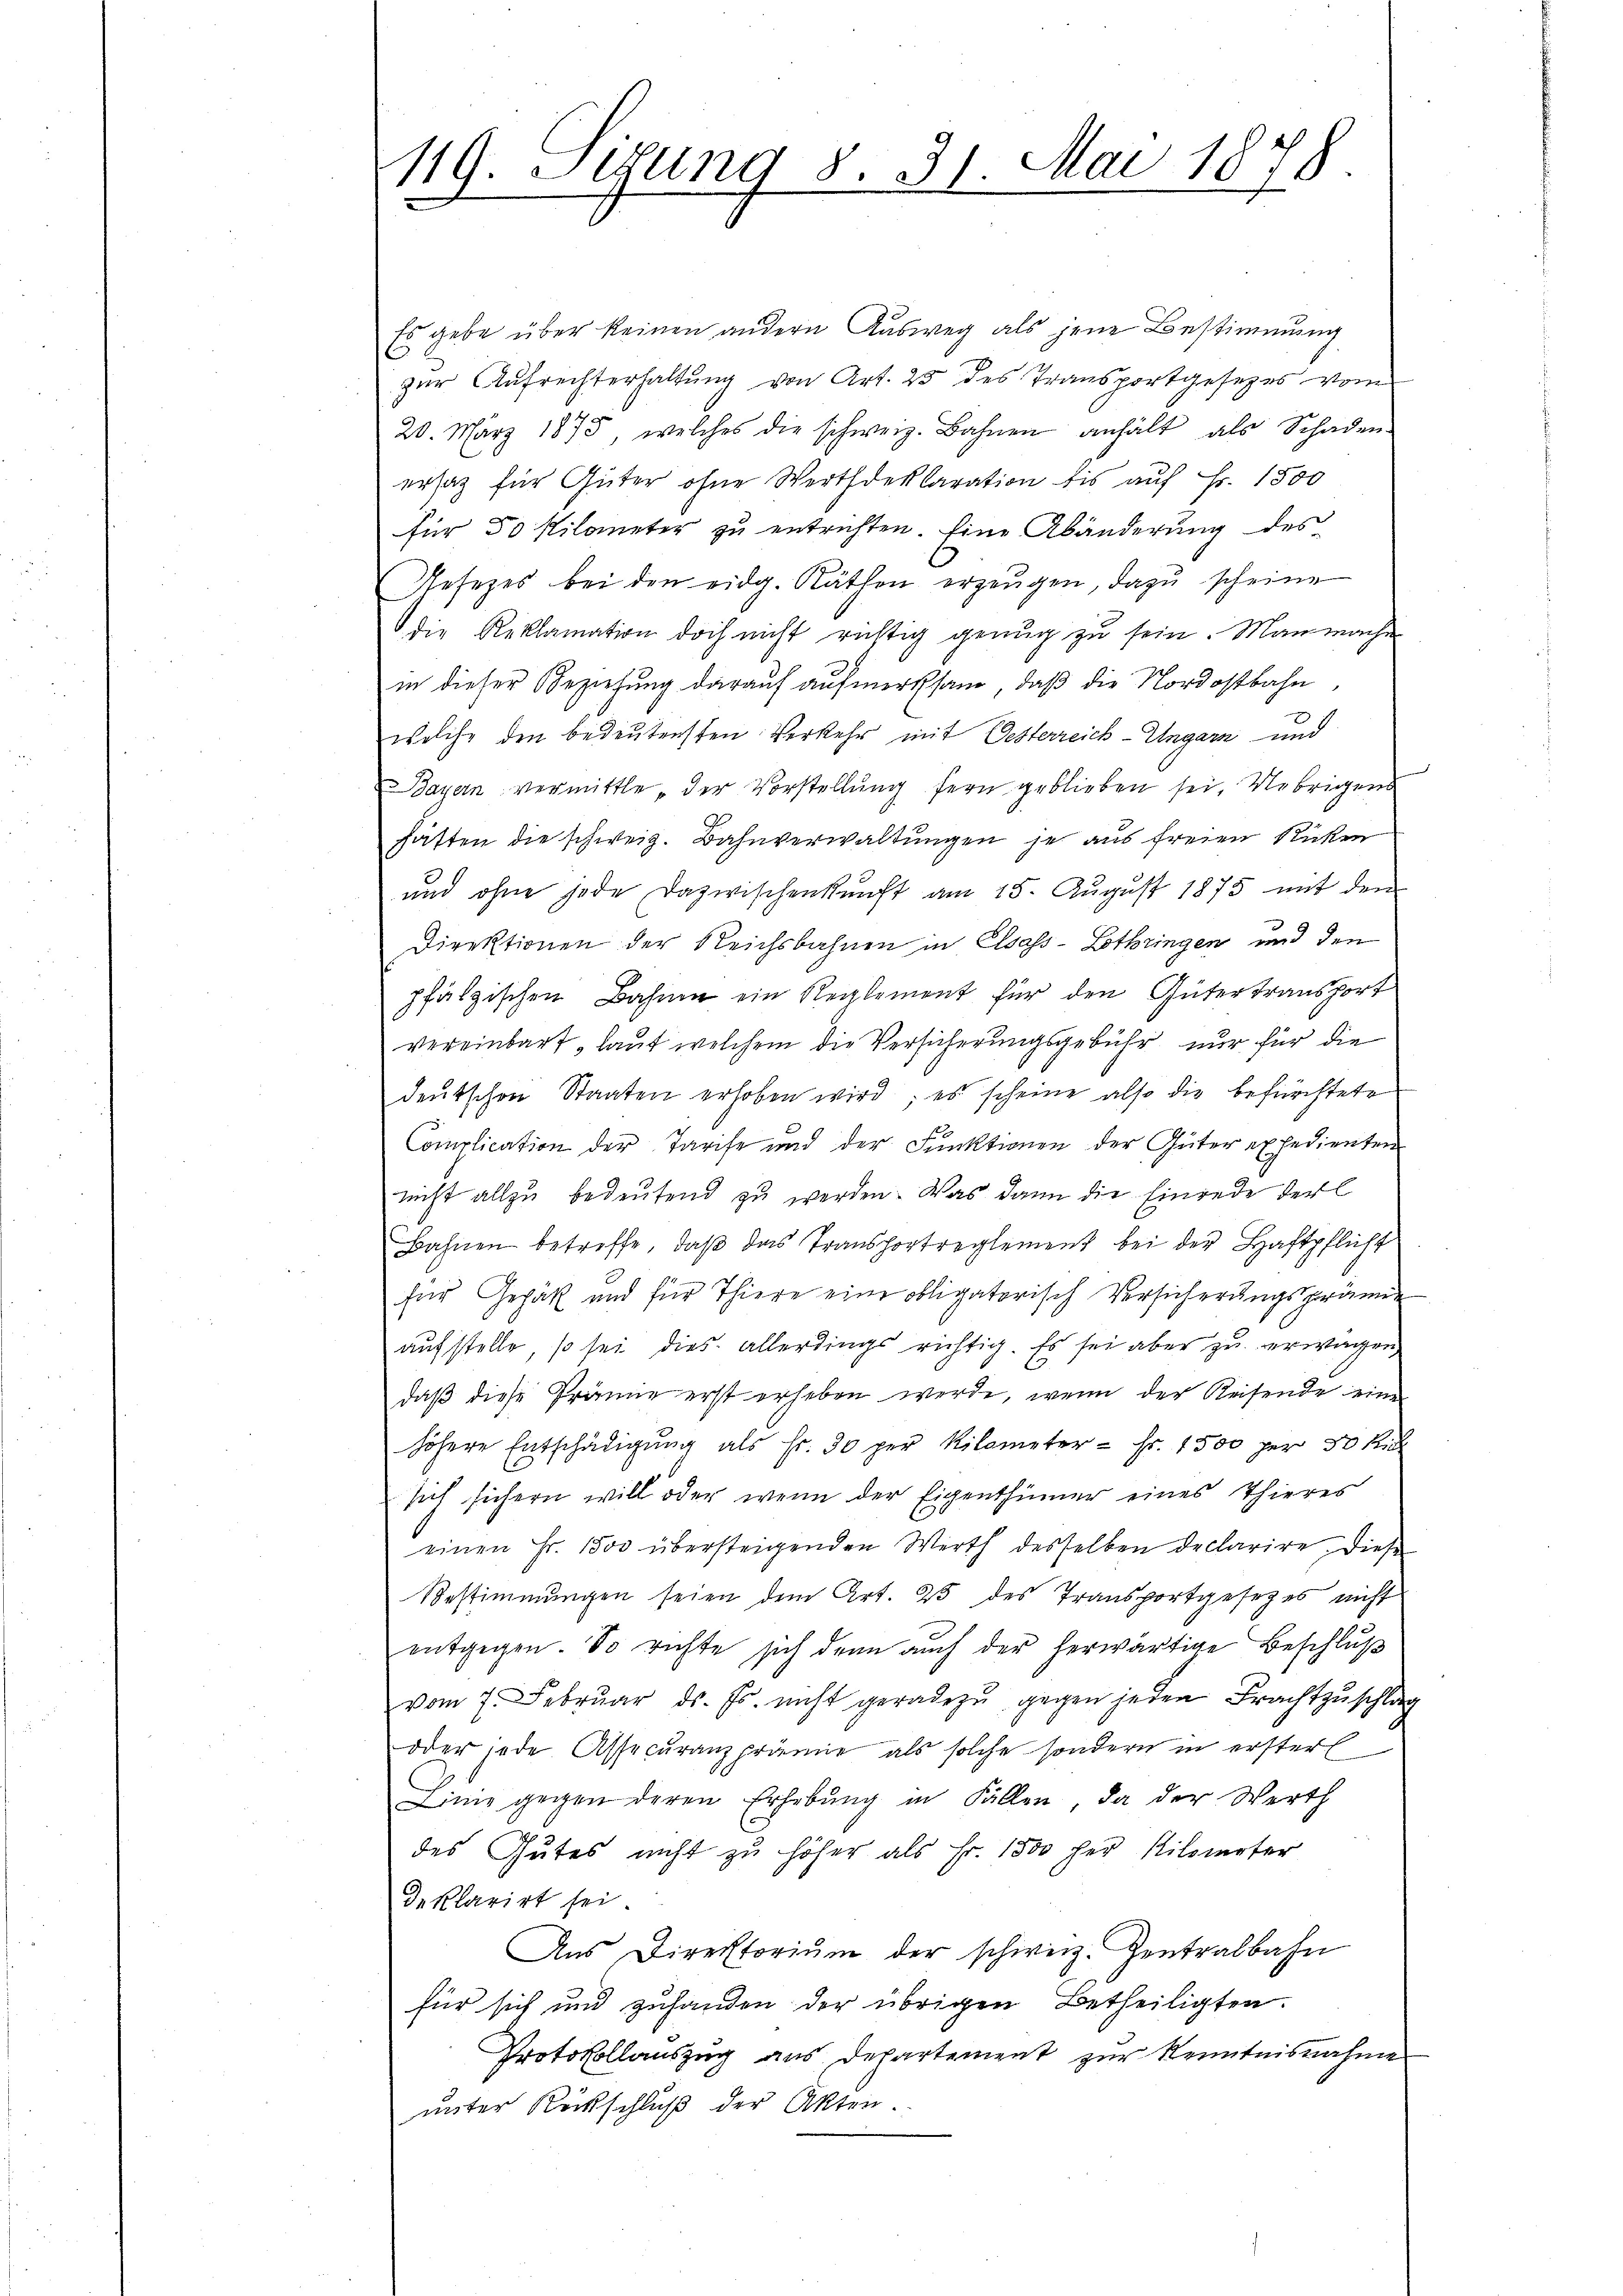
119. Lesung 8. 31. Mai 1878.
e

Es gebe über keinen andern Ausweg als jene Bestimmung
zŭr Aŭfrechterhaltŭng von Art. 25 des Transportgesetzes vom
20. März 1875, welches die schweiz. Bahnen anhält als Schaden-
ersatz für Güter ohne Werthdeklaration des auf Fr. 1500
für 50 Kilometer zu entrichten. Eine Abänderung des
Gesezes bei den eidg. Räthen erzeugen, dazu scheine
die Reklamation doch nicht richtig genug zu sein. Man mache
in dieser Beziehung darauf aufmerksam, daß die Nordostbahn
welche den bedeutensten Verkehr mit Oesterreich-Ungarn und
Bayern vermittle" der Vorstellŭng fern geblieben sei. Uebrigens
hätten die schweiz. Bahnverwaltungen je aus freien Rücken
und ohne jede Dazwischenkunft am 15. August 1875 mit den
Direktionen der Reichsbahnen in Elsass-Lothringen und den
pfälzischen Bahnen ein Reglement für den Gütertransport
vereinbart, laut welchem die Versicherungsgebühr nur für die
deutschen Staaten erhoben wird; es scheine also die befürchtete
Complication der Tarife und der Funktionen der Güter expedienten
nicht allzu bedeutend zu werden. Was dann die Einrede der l
Bahnen betreffe, daβ das Transportreglement bei der Haftpflicht
für Gehät und für Thiere eine obligatorisch Versicherungsprämie
aufstelle, so sei dies allerdings richtig. Es sei aber zu erwagen
daß diese Prämie erst erheben werde, wenn der Reisende eine
höhere Entschädigŭng als Fr. 30 per Kilometer - Fr. 1500 per 30 k
sich sichern will oder wenn der Eigenthümer eines Thieres
einen Fr. 1500 übersteigenden Werth desselben declarire. Diese
Bestimmungen seien dem Art. 25 des Transportgesezes nicht
entgegen. So richte sich denn auch der herwärtige Beschluß
vom 7. Februar ds. Fs. nicht geradezu gegen jeden Frachtzuschlag
oder jede Assecuranzprämie als solche sondern in erster
Linie gegen deren Erhebŭng in Fällen, da der Werth
des Gutes nicht zu höher als Fr. 1500 her Kilometer
deklarirt sei
Aŭs Direktoriŭm der schweiz. Zentralbahn
für sich und zuhanden der übrigen Betheiligten.
Protokollauszug aus Departement zur Kenntnisnahme
unter Rückschluß der Akten.